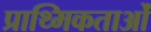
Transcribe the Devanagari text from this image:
प्राथ्मिकताओं